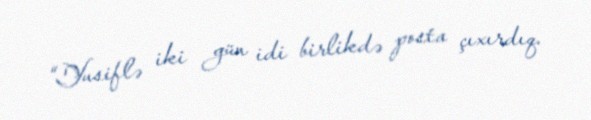
“Yusiflə iki gün idi birlikdə posta çıxırdıq.